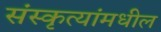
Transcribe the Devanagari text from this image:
संस्कृत्यांमधील